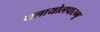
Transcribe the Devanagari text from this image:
थलायोलपारम्बू